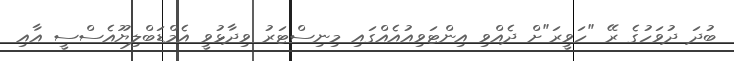
ބުދަ ދުވަހުގެ ރޭ "ހަވީރަ"ށް ދެއްވި އިންޓަވިއުއެއްގައި މިނިސްޓަރު ވިދާޅުވީ އެމްޑަބްލިޔޫއެސްސީ އާއި